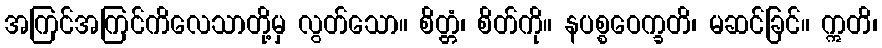
အကြင်အကြင်ကိလေသာတို့မှ လွတ်သော။ စိတ္တံ၊ စိတ်ကို။ နပစ္စဝေက္ခတိ၊ မဆင်ခြင်။ ဣတိ၊